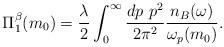
LaTeX: \begin{align*}\Pi_1^{\beta} (m_0)=\frac{\lambda}{2}\int_0^{\infty }\frac{dp ~ p^2}{2\pi^2} \frac {n_B(\omega)}{\omega_p(m_0)}.\end{align*}